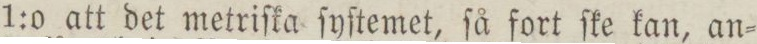
1:o att det metriſka ſyſtemet, ſå fort ſke kan, an=